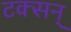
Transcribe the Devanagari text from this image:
टक्सन्